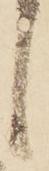
候